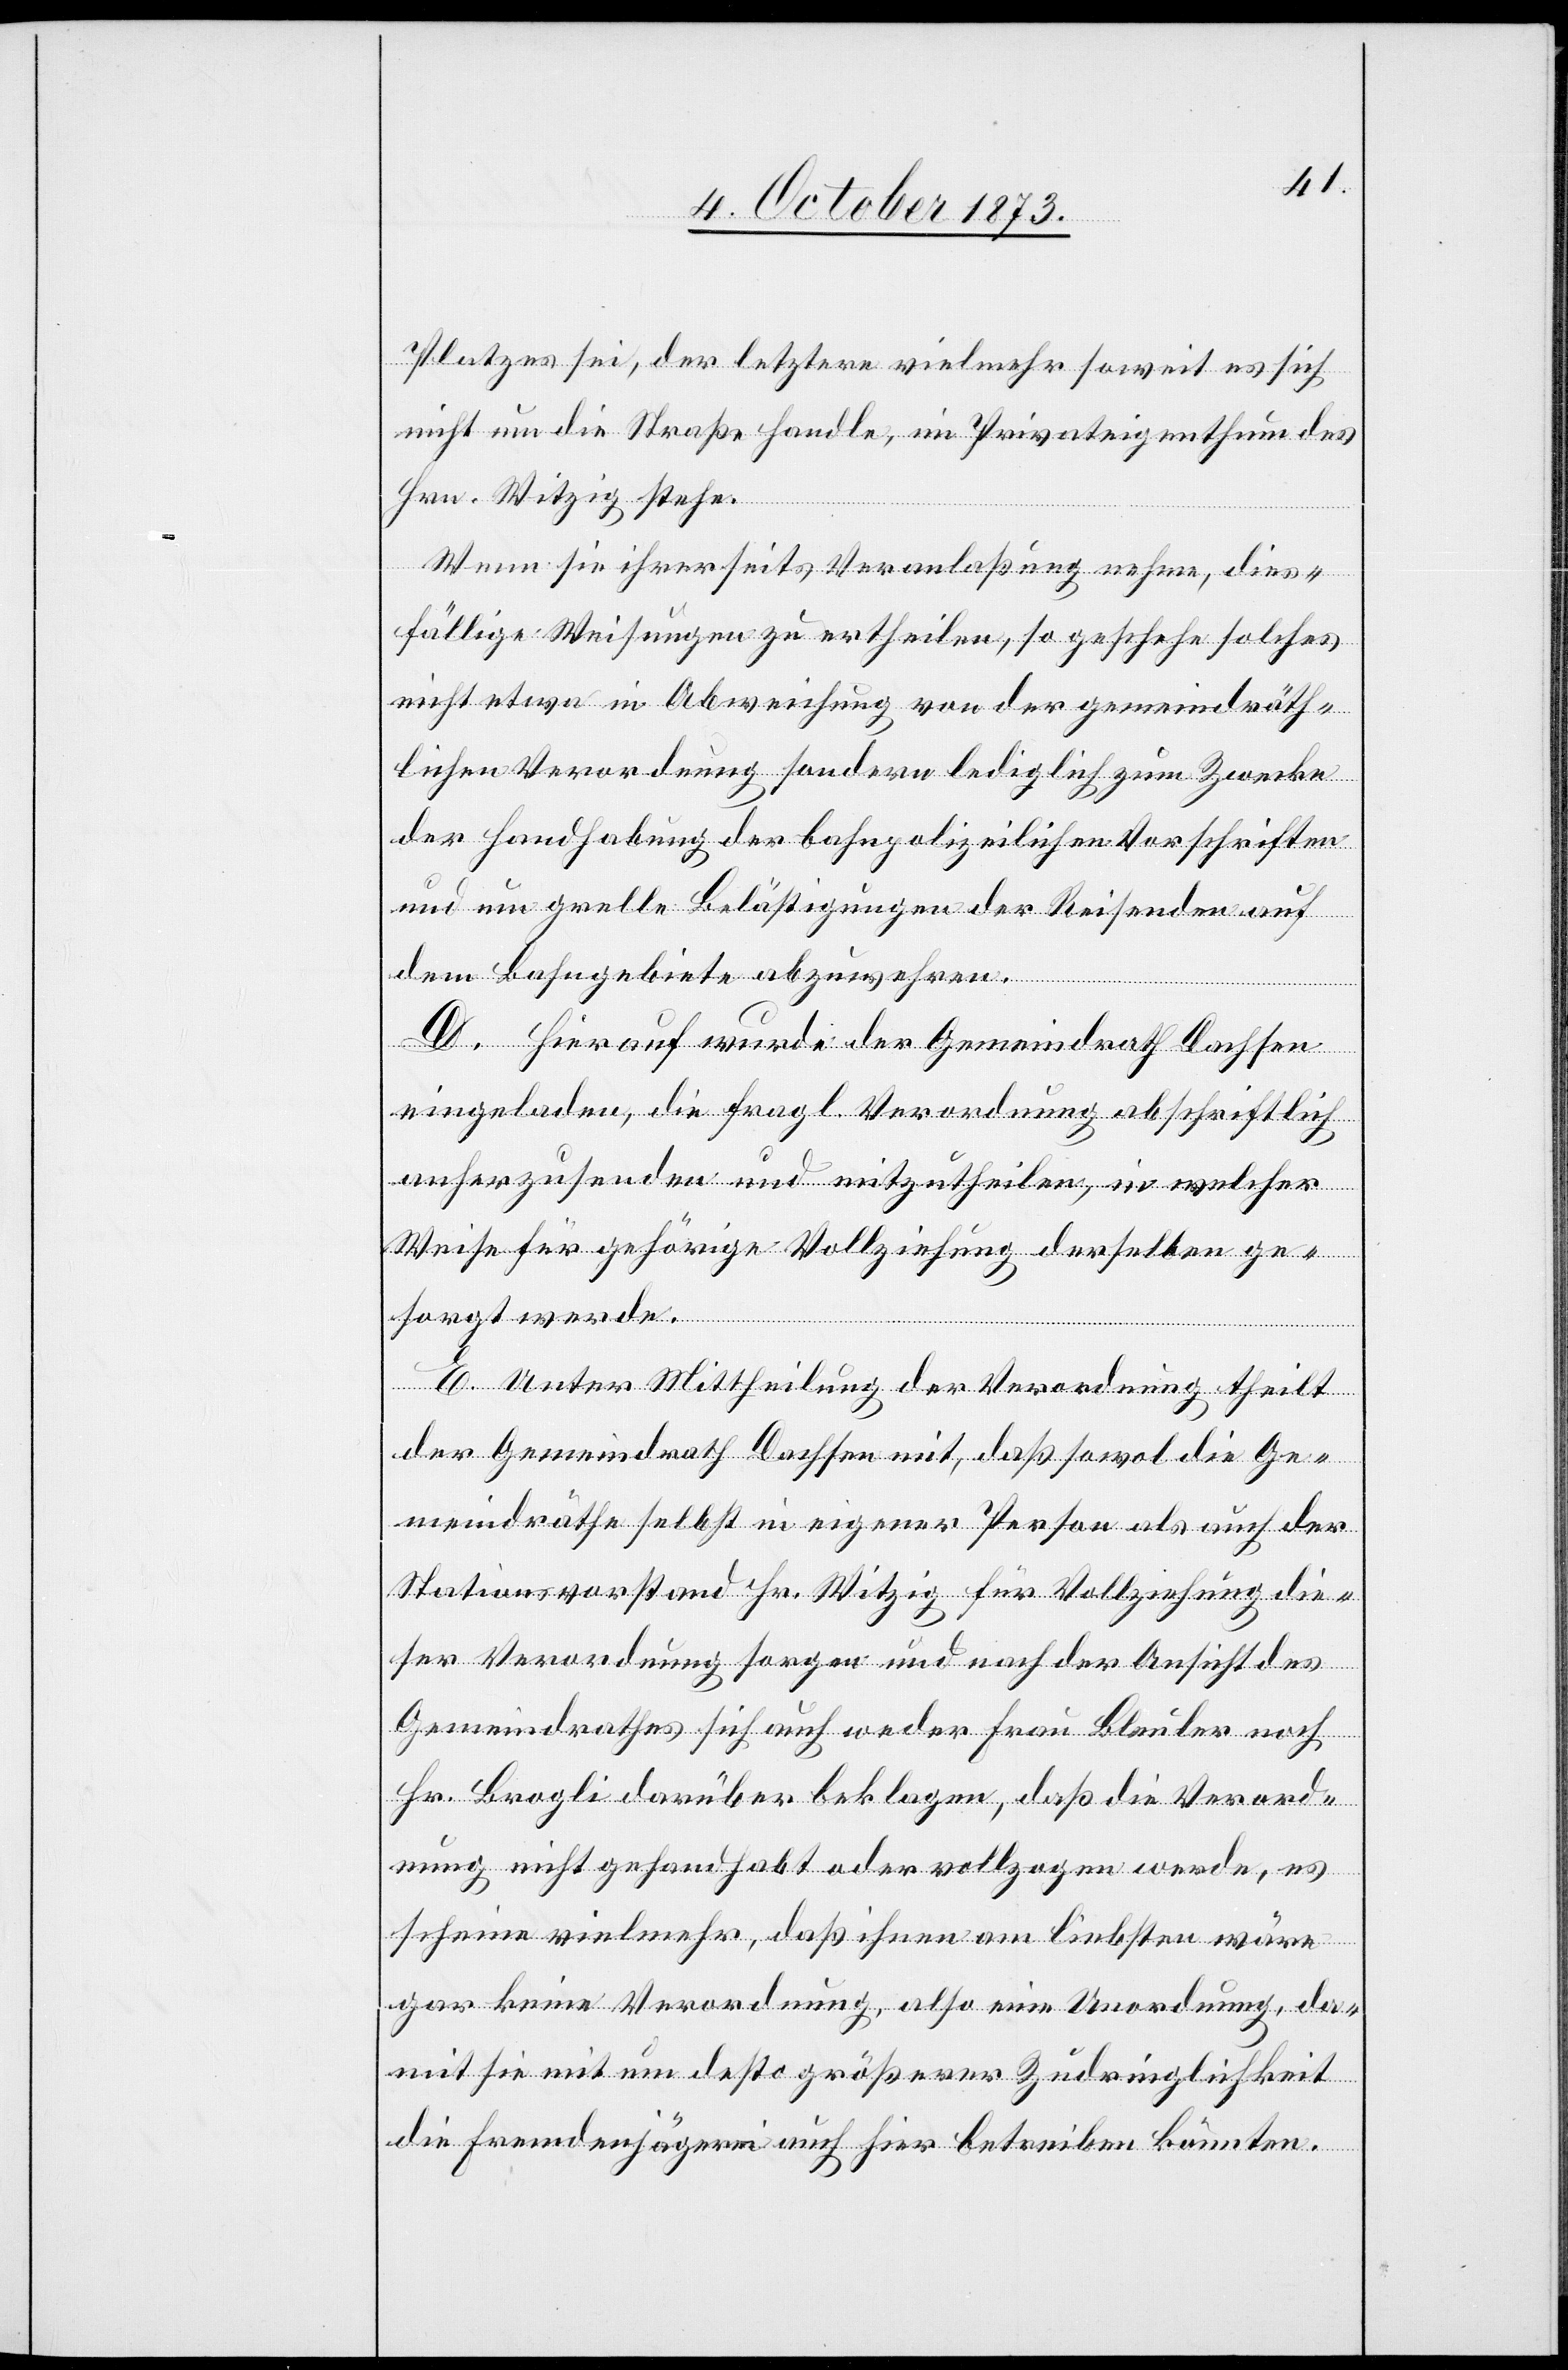
Platzes sei, der letztere vielmehr soweit es sich
nicht um die Straße handle, im Privateigenthum des
Hrn. Witzig stehe.
Wenn sie ihrerseits Veranlaßung nehme, dies¬
fällige Weisungen zu ertheilen, so geschehe solches
nicht etwa in Abweichung von der gemeindräth¬
lichen Verordnung sondern lediglich zum Zwecke
der Handhabung der bahnpolizeilichen Vorschriften
und um grelle Belästigungen der Reisenden auf
dem Bahngebiete abzuwehren.
D. Hierauf wurde der Gemeindrath Dachsen
eingeladen, die fragl. Verordnung abschriftlich
anherzusenden und mitzutheilen, in welcher
Weise für gehörige Vollziehung derselben ge¬
sorgt werde.
E. Unter Mittheilung der Verordnung theilt
der Gemeindrath Dachsen mit, daß sowol die Ge¬
meindräthe selbst in eigener Person als auch der
Stationsvorstand Hr. Witzig für Vollziehung die¬
ser Verordnung sorgen und nach der Ansicht des
Gemeindrathes sich auch weder Frau Bleuler noch
Hr. Brogli darüber beklagen, daß die Verord¬
nung nicht gehandhabt oder vollzogen werde, es
scheine vielmehr, daß ihnen am liebsten wäre
gar keine Verordnung, also eine Unordnung, da¬
mit sie mit um desto größerer Zudringlichkeit
die Fremdenjägerei auch hier betreiben könnten.